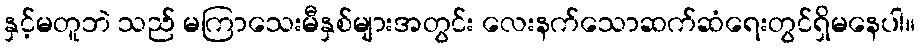
နှင့်မတူဘဲ သည် မကြာသေးမီနှစ်များအတွင်း လေးနက်သောဆက်ဆံရေးတွင်ရှိမနေပါ။